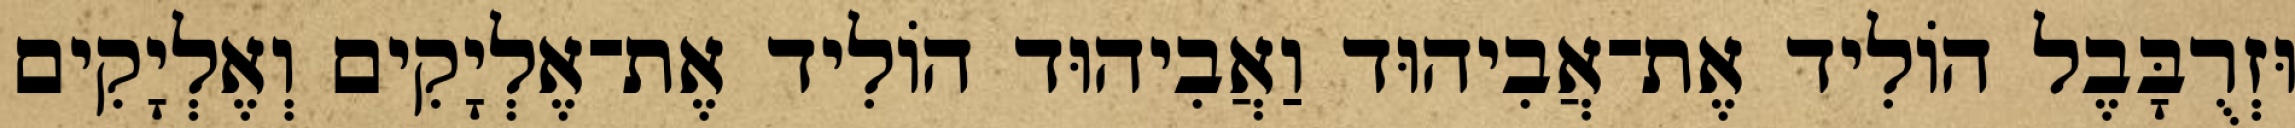
וּזְרֻבָּבֶל הוֹלִיד אֶת־אֲבִיהוּד וַאֲבִיהוּד הוֹלִיד אֶת־אֶלְיָקִים וְאֶלְיָקִים